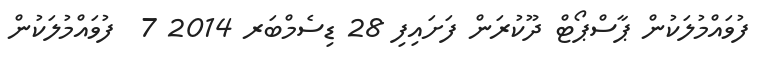
ފުވައްމުލަކުން ޕާސްޕޯޓް ދޫކުރަން ފަށައިފި 28 ޑިސެމްބަރ 2014 7  ފުވައްމުލަކުން